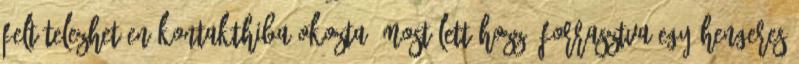
Feltételezhetően kontakthiba okozta, most lett hozzá forrasztva egy hengeres